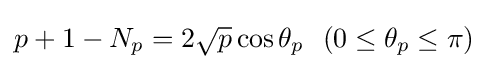
p+1-N_{p}=2{\sqrt {p}}\cos \theta _{p}~~(0\leq \theta _{p}\leq \pi )